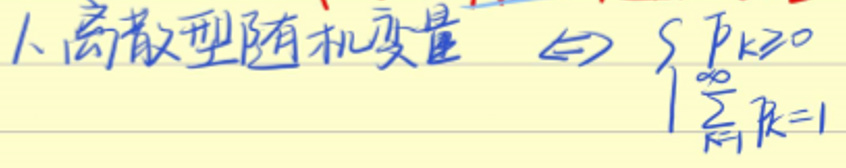
1、离散型随机变量 \(\Leftrightarrow\) \(\sum_{k = 1}^{\infty}p_{k}\geq0\) 且 \(\sum_{k = 1}^{\infty}p_{k}=1\)